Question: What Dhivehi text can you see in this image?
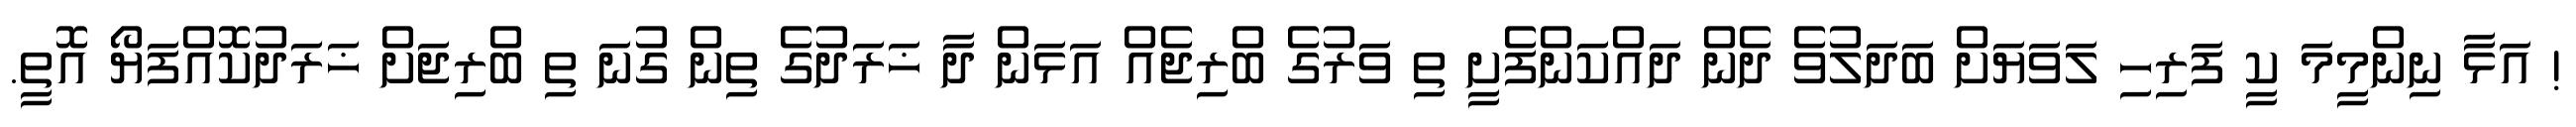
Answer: ! އަޅާ ނިންމީމަ ކީ ފަރިހި ލަވަޔަށް ބަދަލުވެ ދެން ދައްކަންފެށީ ތި ވަރުގެ ބްރިޖެއް އަޅަން ދާ ޚަރަދުގެ ތިން ގުނަ ތި ބްރިޖަށް ޚަރަދުކޮއްފަޔޯ އޮތީ.